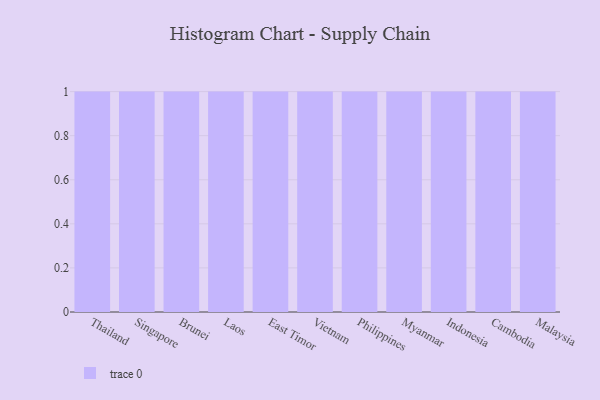
{"axis": {"x": "Country", "y": "Temperature (°C)"}, "legend": [""], "data": [{"x": "Thailand", "y": 4, "type": ""}, {"x": "Singapore", "y": 69, "type": ""}, {"x": "Brunei", "y": 26, "type": ""}, {"x": "Laos", "y": 87, "type": ""}, {"x": "East Timor", "y": 92, "type": ""}, {"x": "Vietnam", "y": 54, "type": ""}, {"x": "Philippines", "y": 8, "type": ""}, {"x": "Myanmar", "y": 14, "type": ""}, {"x": "Indonesia", "y": 37, "type": ""}, {"x": "Cambodia", "y": 41, "type": ""}, {"x": "Malaysia", "y": 93, "type": ""}]}